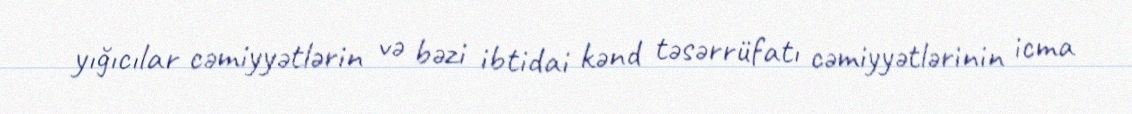
yığıcılar cəmiyyətlərin və bəzi ibtidai kənd təsərrüfatı cəmiyyətlərinin icma